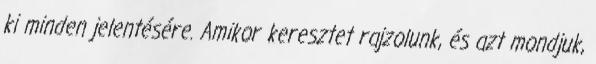
ki minden jelentésére. Amikor keresztet rajzolunk, és azt mondjuk,